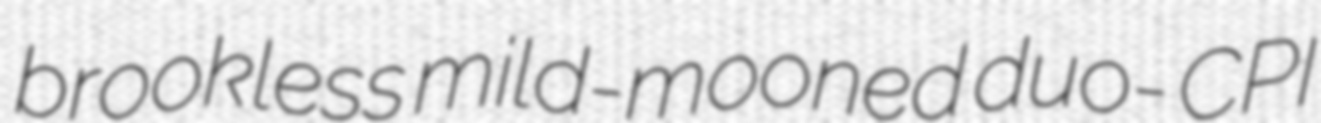
brookless mild-mooned duo- CPI